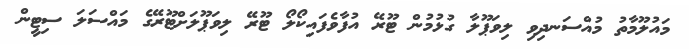
މައުލޫމާތު މުއްސަނދިވި ލިވަޕޫލާ ގުޅުމުން ޓޫރޭ އުފާވެފައިކޯލޯ ޓޫރޭ ލިވަޕޫލަށްޓޫރޭގެ މައްސަލަ ސިޓީން